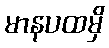
မာနပထမှိ